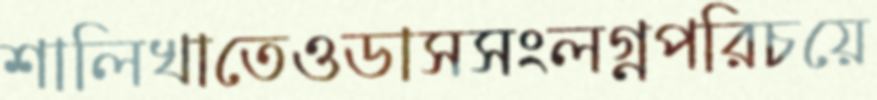
শালিখাতেওডাসসংলগ্নপরিচয়ে